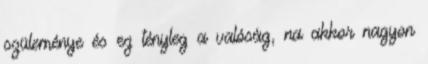
szüleménye és ez tényleg a valóság, na akkor nagyon